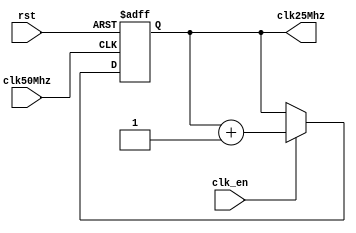
`timescale 1ns / 1ps
//////////////////////////////////////////////////////////////////////////////////
// Company: 
// 
// Design Name: 
// Module Name:    clk_gen_25Mhz 
// Project Name: 
// Target Devices: 
// Tool versions: 
// Description: 
//
// Dependencies: 
//
// Revision: 
// Revision 0.01 - File Created
// Additional Comments: 
//
//////////////////////////////////////////////////////////////////////////////////
module clk_gen_25Mhz(
    input wire clk50Mhz,
    input wire clk_en,
    input wire rst,
    output reg clk25Mhz
    );





always @(posedge clk50Mhz, posedge rst)
	if (rst)
		clk25Mhz <= 0;
	else if(clk_en)
		clk25Mhz <= clk25Mhz + 1;
		
endmodule